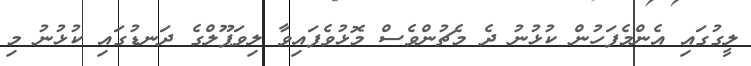
ލީގުގައި އެންމެފަހުން ކުޅުނު ދެ މެޗުންވެސް މޮޅުވެފައިވާ ލިވަޕޫލްގެ ދަނޑުގައި ކުޅުނު މި